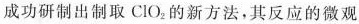
成功研制出制取 ClO_{2} 的新方法，其反应的微观